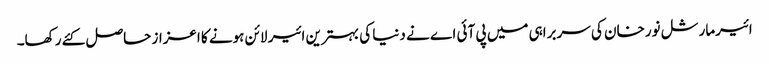
ائیرمارشل نورخان کی سربراہی میں پی آئی اے نے دنیا کی بہترین ائیر لائن ہونے کا اعزاز حاصل کئے رکھا۔